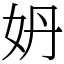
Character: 𡛓